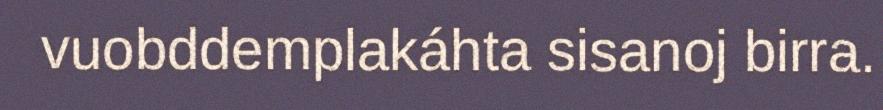
vuobddemplakáhta sisanoj birra.